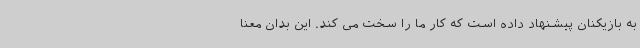
به بازیکنان پیشنهاد داده است که کار ما را سخت می کند. این بدان معنا